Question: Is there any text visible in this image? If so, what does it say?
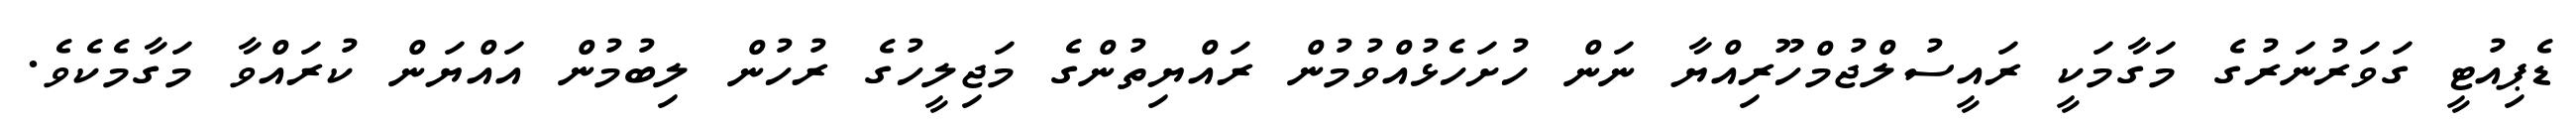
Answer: ޑެޕިއުޓީ ގަވަރުނަރުގެ މަގާމަކީ ރައީސުލްޖުމްހޫރިއްޔާ ނަން ހުށަހެޅުއްވުމުން ރައްޔިތުންގެ މަޖިލީހުގެ ރުހުން ލިބުމުން އައްޔަން ކުރައްވާ މަގާމެކެވެ.